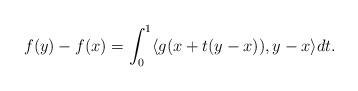
LaTeX: \begin{align*}f(y) - f(x) = \int_0^1 \langle g(x + t(y-x)), y-x\rangle dt.\end{align*}